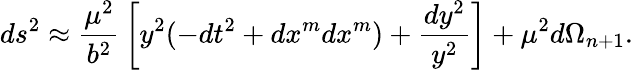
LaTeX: ds^{2}\approx{\frac{\mu^{2}}{b^{2}}}\left[y^{2}(-dt^{2}+dx^{m}dx^{m})+{\frac{dy^{2}}{y^{2}}}\right]+\mu^{2}d\Omega_{n+1}.